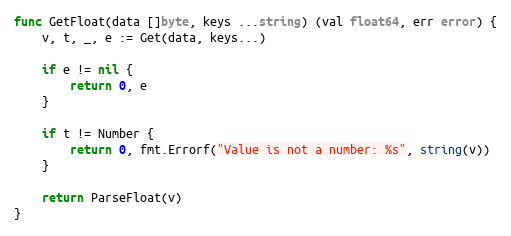
Language: Go
func GetFloat(data []byte, keys ...string) (val float64, err error) {
	v, t, _, e := Get(data, keys...)

	if e != nil {
		return 0, e
	}

	if t != Number {
		return 0, fmt.Errorf("Value is not a number: %s", string(v))
	}

	return ParseFloat(v)
}